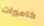
كاميرات